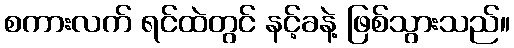
စကားလက် ရင်ထဲတွင် နင့်ခနဲ့ ဖြစ်သွားသည်။